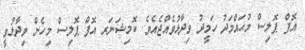
އޮފް ޕޮލިސް މުޙައްމަދު ހަމީދު ވިދާޅުވެއްޖެއެވެ. ކޮމިޝަނަރ އޮފް ޕޮލިސް މިހެން ވިދާޅުވީ